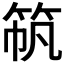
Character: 𫁼